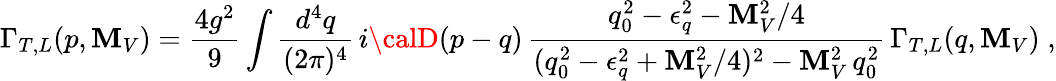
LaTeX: \Gamma_{T,L}(p,\mathbf{M}_{V})=\frac{{4g^{2}}}{9}\int\frac{{d^{4}q}}{{(2\pi)^{4}}}\, i{\calD}(p-q)\, \frac{{q_{0}^{2}-\epsilon_{q}^{2}-\mathbf{M}_{V}^{2}/4}}{{(q_{0}^{2}-\epsilon_{q}^{2}+\mathbf{M}_{V}^{2}/4)^{2}-\mathbf{M}_{V}^{2}\, q_{0}^{2}}}\, \Gamma_{T,L}(q,\mathbf{M}_{V})\; ,